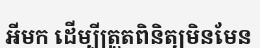
អីមក ដើម្បីត្រួតពិនិត្យមិនមែន